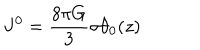
J ^ { 0 } = \frac { 8 { \pi } G } { 3 } { \sigma } { \theta } _ { 0 } ( z )